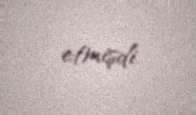
etmişdi.